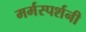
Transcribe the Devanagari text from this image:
मर्मस्पर्शनी